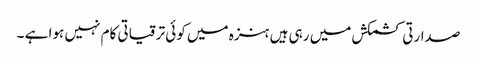
صدارتی کشمکش میں رہی ہیں ہنزہ میں کوئی ترقیاتی کام نہیں ہوا ہے ۔